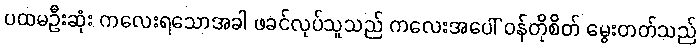
ပထမဦးဆုံး ကလေးရသောအခါ ဖခင်လုပ်သူသည် ကလေးအပေါ် ဝန်တိုစိတ် မွေးတတ်သည်